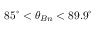
8 5 ^ { \circ } < \theta _ { B n } < 8 9 . 9 ^ { \circ }